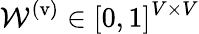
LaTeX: \mathcal{W}^{\mathrm{(v)}}\in[0,1]^{V\times V}